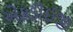
એફડીઈજી